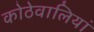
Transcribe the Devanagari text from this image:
कोठेवालियां